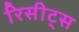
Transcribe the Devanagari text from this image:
रिसीट्स